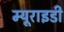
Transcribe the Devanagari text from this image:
म्यूराइडी